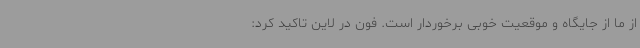
از ما از جایگاه و موقعیت خوبی برخوردار است. فون در لاین تاکید کرد: